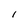
Character: I